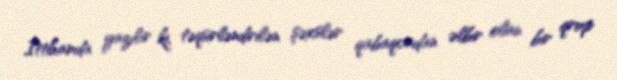
İttihamda yazılır ki, təqsirləndirilən şəxslər qabaqcadan əlbir olan bir qrup